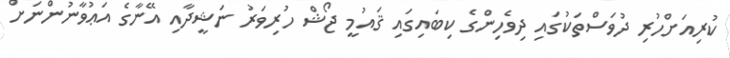
ކުރިއަށްހުރި ދުވަސްތަކުގައި ދިވެހިންގެ ކިބައިގައި ޤައުމީ ޖޯޝް ހުރިވަރު ނަޝީދާއި އޭނާގެ އަޢުވާނުންނަށް